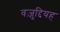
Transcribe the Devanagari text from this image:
वज़ुद्दियह